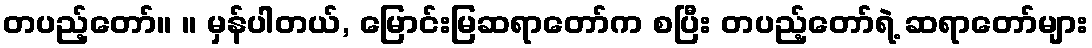
တပည့်တော်။ ။ မှန်ပါတယ်, မြောင်းမြဆရာတော်က စပြီး တပည့်တော်ရဲ့ ဆရာတော်များ